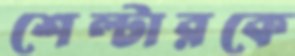
শেল্টারকে